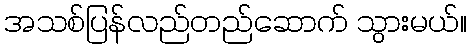
အသစ်ပြန်လည်တည်ဆောက် သွားမယ်။